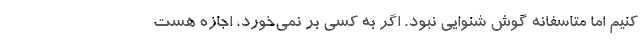
کنیم اما متاسفانه گوش شنوایی نبود. اگر به کسی بر نمی‌خورد، اجازه هست